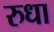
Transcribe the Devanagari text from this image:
रुधा